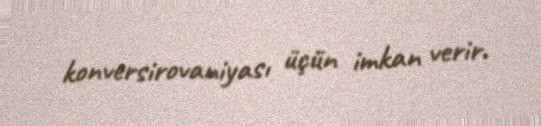
konversirovaniyası üçün imkan verir.